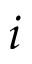
i